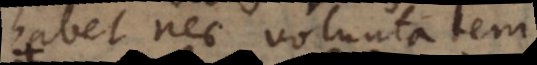
habet nec voluntatem,